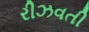
રીઝવતી